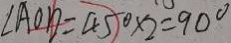
\angle A O D = 4 5 ^ { \circ } \times 2 = 9 0 ^ { \circ }